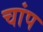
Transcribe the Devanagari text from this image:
चांप